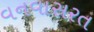
વનવાસરત